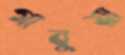
গাবুয়া